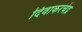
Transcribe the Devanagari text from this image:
दिवाकरचंद्र